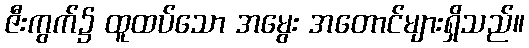
ဇီးကွက်၌ ထူထပ်သော အမွေး အတောင်များရှိသည်။